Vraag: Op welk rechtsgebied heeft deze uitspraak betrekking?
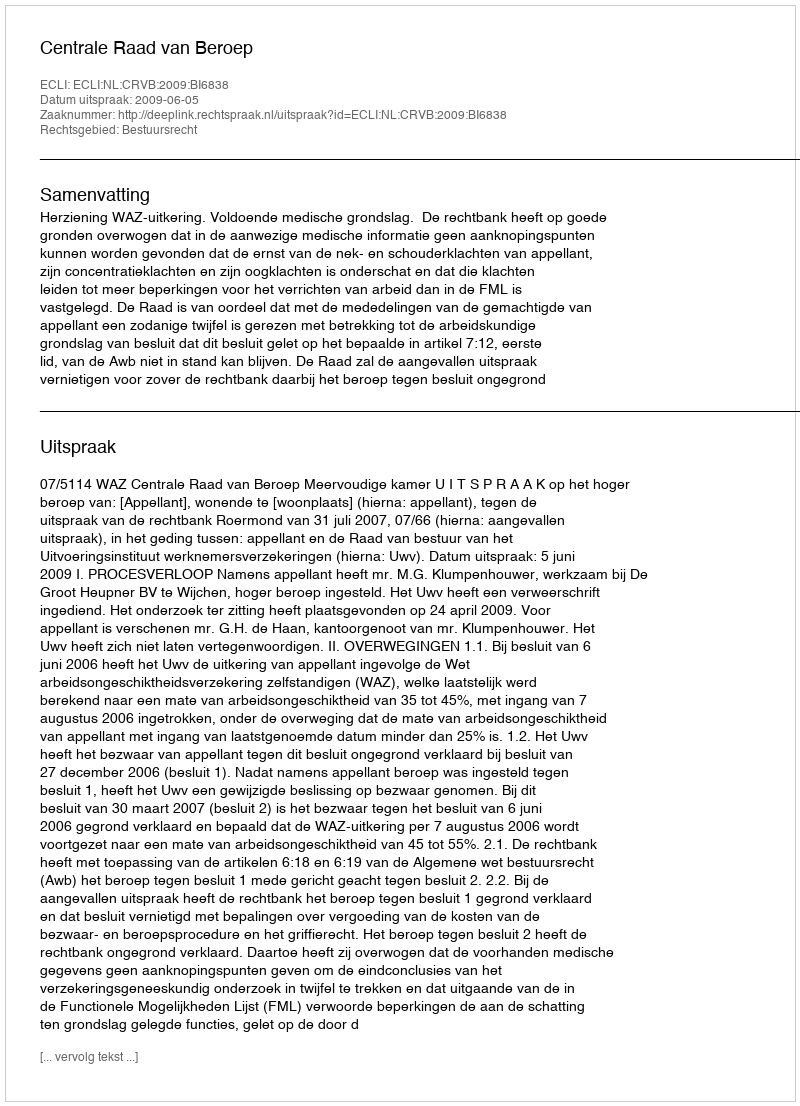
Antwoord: Bestuursrecht